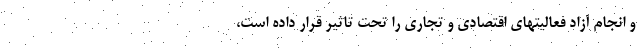
و انجام آزاد فعالیتهای اقتصادی و تجاری را تحت تاثیر قرار داده است،